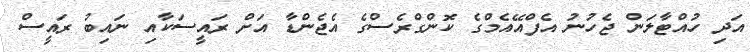
އަދި ހުއްޓާލަން ޖެހުނު އެފްއޭއެމްގެ ކޮންގްރެސްގެ އެޖެންޑާ އަށް ރައީސަކާއި ނައިބު ރައީސް